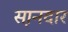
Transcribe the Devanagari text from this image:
स़ानदार